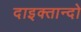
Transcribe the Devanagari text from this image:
दाइक्तान्दो